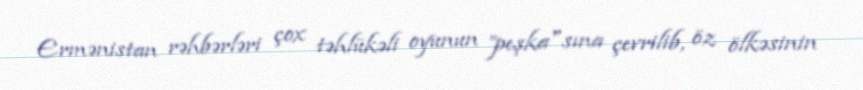
Ermənistan rəhbərləri çox təhlükəli oyunun ”peşka"sına çevrilib, öz ölkəsinin